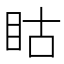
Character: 䀦